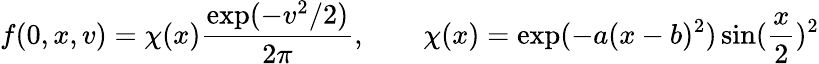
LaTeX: f(0,x,v)=\chi(x)\frac{\exp(-v^{2}/2)}{2\pi},\qquad\chi(x)=\exp(-a(x-b)^{2})\sin(\frac{x}{2})^{2}